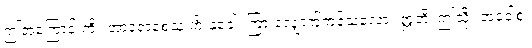
ဤအကြောင်းကို။ အာရောစေသုံ ကိံ နုခေါ၊ ကြားလျှောက်ကုန်သလော။ ဣတိ၊ ဤသို့။ အဝေါစုံ၊